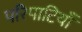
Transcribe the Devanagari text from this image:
परिपाटियाँ